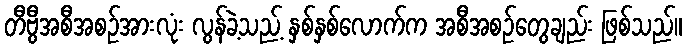
တီဗွီအစီအစဉ်အားလုံး လွန်ခဲ့သည့် နှစ်နှစ်လောက်က အစီအစဉ်တွေချည်း ဖြစ်သည်။